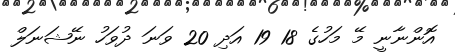
އޮންނާނީ މޭ މަހުގެ 18 19 އަދި 20 ވަނަ ދުވަހު ނޭޝަނަލް